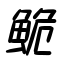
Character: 鮠